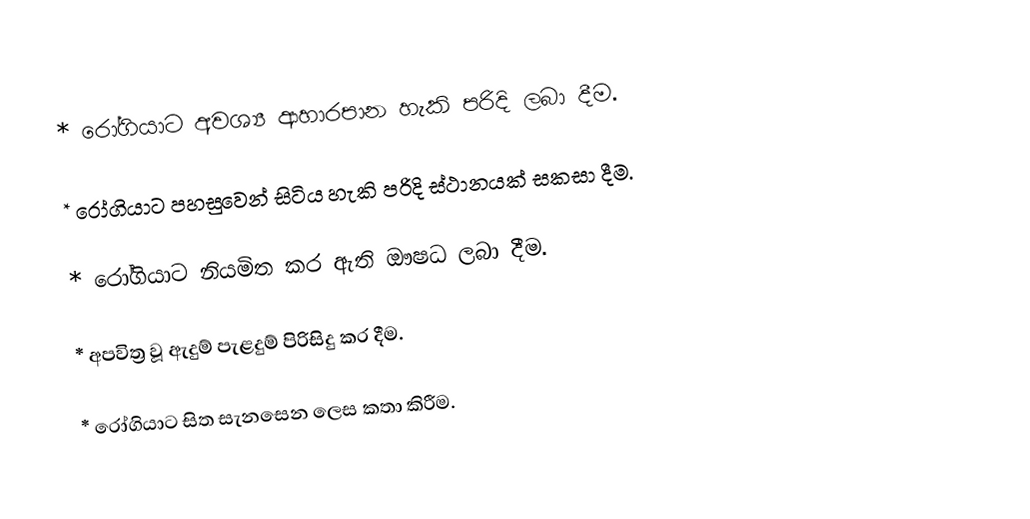
* රෝගියාට අවශ්‍ය ආහාරපාන හැකි පරිදි ලබා දීම.

* රෝගියාට පහසුවෙන් සිටිය හැකි පරිදි ස්ථානයක් සකසා දීම.

* රෝගියාට නියමිත කර ඇති ඖෂධ ලබා දීම.

* අපවිත්‍ර වූ ඇදුම් පැළදුම් පිරිසිදු කර දීම.

* රෝගියාට සිත සැනසෙන ලෙස කතා කිරීම.